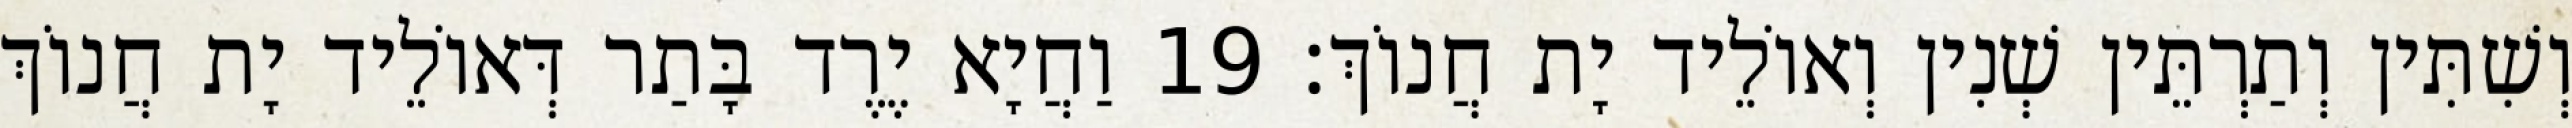
וְשִׁתִּין וְתַרְתֵּין שְׁנִין וְאוֹלֵיד יָת חֲנוֹךְ׃ 19 וַחֲיָא יֶרֶד בָּתַר דְּאוֹלֵיד יָת חֲנוֹךְ